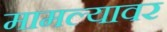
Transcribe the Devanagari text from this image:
मामल्यावर